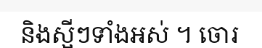
និងស្អីៗទាំងអស់ ។ ចោរ